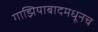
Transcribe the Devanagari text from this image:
गाझियाबादमधूनच